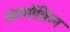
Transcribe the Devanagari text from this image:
अल्गोंकिन